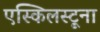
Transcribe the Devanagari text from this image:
एस्किलस्टूना